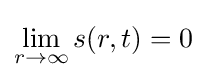
\lim _{r\rightarrow \infty }s(r,t)=0